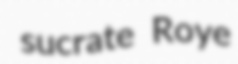
sucrate Roye